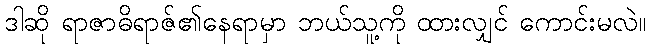
ဒါဆို ရာဇာဓိရာဇ်၏နေရာမှာ ဘယ်သူ့ကို ထားလျှင် ကောင်းမလဲ။